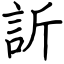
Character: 訢